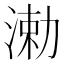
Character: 𬈆